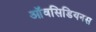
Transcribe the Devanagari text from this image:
ऑवसिडियनस